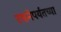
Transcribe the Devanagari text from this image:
रचनेपर्यंतच्या